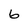
Character: 6